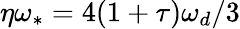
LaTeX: \eta\omega_{\ast}=4(1+\tau)\omega_{d}/3